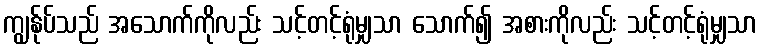
ကျွန်ုပ်သည် အသောက်ကိုလည်း သင့်တင့်ရုံမျှသာ သောက်၍ အစားကိုလည်း သင့်တင့်ရုံမျှသာ